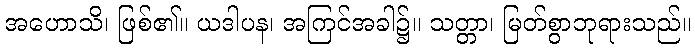
အဟောသိ၊ ဖြစ်၏။ ယဒါပန၊ အကြင်အခါ၌။ သတ္တာ၊ မြတ်စွာဘုရားသည်။